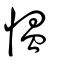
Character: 慍